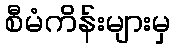
စီမံကိန်းများမှ